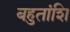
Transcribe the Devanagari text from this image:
बहुतांशि